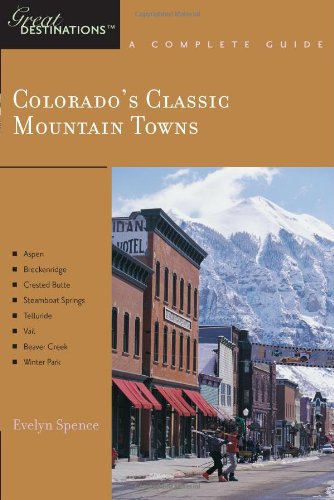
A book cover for Explorer's Guide Colorado's Classic Mountain Towns: A Great Destination: Aspen, Breckenridge, Crested Butte, Steamboat Springs, Telluride, Vail & Winter Park (Explorer's Great Destinations); Evelyn Spence; Travel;